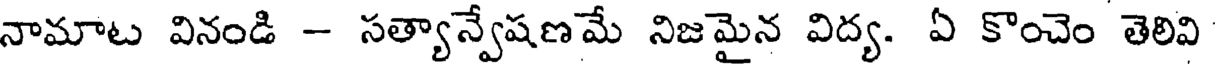
నామాట వినండి - సత్యాన్వేషణమే నిజమైన విద్య. ఏ కొంచెం తెలివి